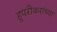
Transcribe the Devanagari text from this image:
हुपरीकरांच्या